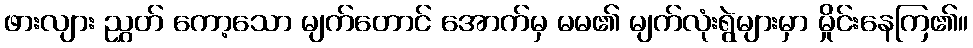
ဖားလျား ညွှတ် ကော့သော မျက်တောင် အောက်မှ မမ၏ မျက်လုံးရွဲများမှာ မှိုင်းနေကြ၏။